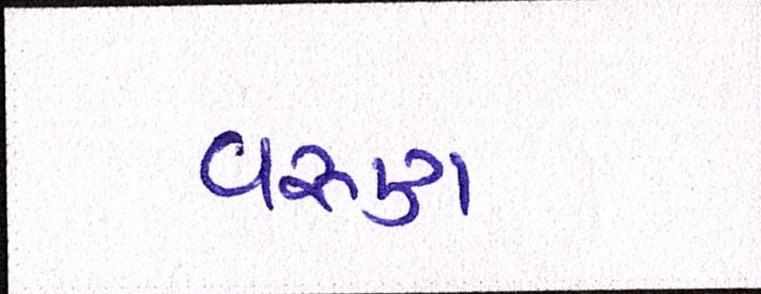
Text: વરૃણ